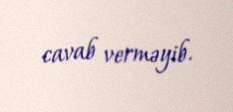
cavab verməyib.